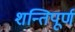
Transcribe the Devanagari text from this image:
शन्तिपूर्ण